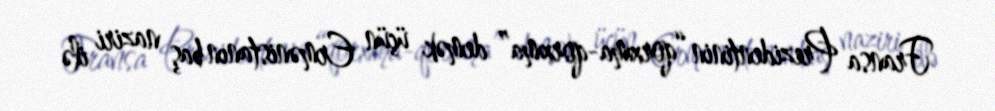
Fransa Prezidentinin “qorxma-qorxma” demək üçün Ermənistanın baş naziri ilə